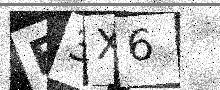
Text: E3X6